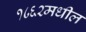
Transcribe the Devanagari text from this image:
१८६२मधील